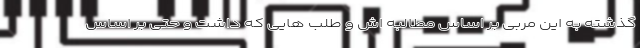
گذشته به این مربی بر اساس مطالبه اش و طلب هایی که داشت و حتی بر اساس